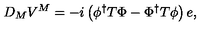
D _ { M } V ^ { M } = - i \left( \phi ^ { \dagger } T \Phi - \Phi ^ { \dagger } T \phi \right) e ,